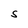
Character: S